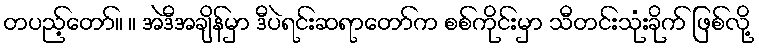
တပည့်တော်။ ။ အဲဒီအချိန်မှာ ဒီပဲရင်းဆရာတော်က စစ်ကိုင်းမှာ သီတင်းသုံးခိုက် ဖြစ်လို့